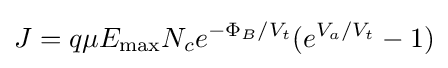
J=q\mu E_{\mathrm {max} }N_{c}e^{-\Phi _{B}/V_{t}}(e^{V_{a}/V_{t}}-1)